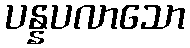
ပန္နပလာသော